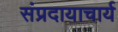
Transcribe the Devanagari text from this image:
संप्रदायाचार्य